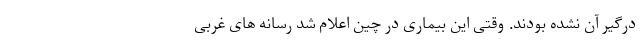
درگیر آن نشده بودند. وقتی این بیماری در چین اعلام شد رسانه های غربی